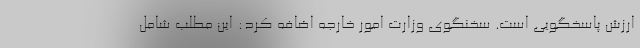
ارزش پاسخگویی است. سخنگوی وزارت امور خارجه اضافه کرد: این مطلب شامل